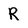
Character: R